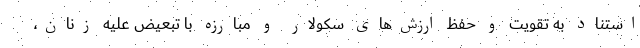
استناد به تقویت و حفظ ارزش‌های سکولار و مبارزه با تبعیض علیه زنان،